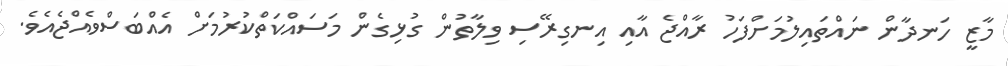
މާޒީ ހަނދާން ނައްތައިލުމަށްފަހު ރާއްޖެ އާއި އިނގިރޭސި ވިލާތުން ގުޅިގެން މަސައްކަތްކުރުމަށް އެއްބަސްވެއްޖެއެވެ.